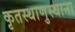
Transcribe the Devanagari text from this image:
कृतस्थाणुस्थाना